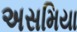
અસમિયા